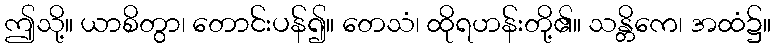
ဤသို့။ ယာစိတွာ၊ တောင်းပန်၍။ တေသံ၊ ထိုရဟန်းတို့၏။ သန္တိကေ၊ အထံ၌။